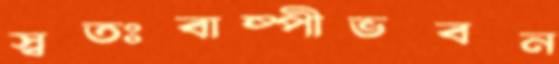
স্বতঃবাষ্পীভবন